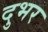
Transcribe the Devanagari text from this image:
दुभर